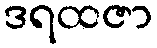
ဒရထဇာ